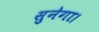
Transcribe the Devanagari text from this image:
सुनेगा।